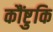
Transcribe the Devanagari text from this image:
कौंष्टुकि